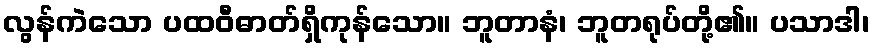
လွန်ကဲသော ပထဝီဓာတ်ရှိကုန်သော။ ဘူတာနံ၊ ဘူတရုပ်တို့၏။ ပသာဒါ၊